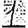
Digit: 1